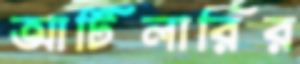
আর্টিলারির